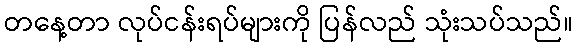
တနေ့တာ လုပ်ငန်းရပ်များကို ပြန်လည် သုံးသပ်သည်။